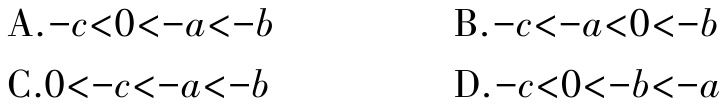
A.$-c<0<-a<-b$
B.$-c<-a<0<-b$
C.$0<-c<-a<-b$
D.$-c<0<-b<-a$